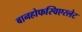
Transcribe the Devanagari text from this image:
बानहोफस्विएरलेट